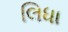
લિધા